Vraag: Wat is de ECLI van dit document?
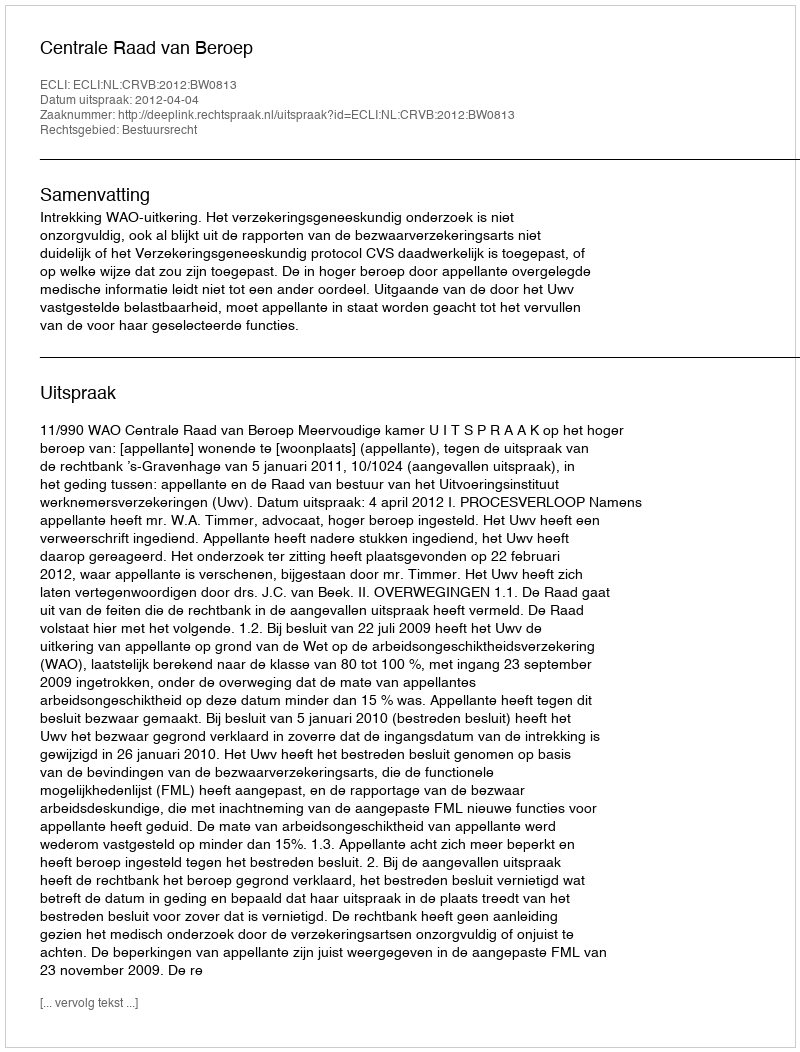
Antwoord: ECLI:NL:CRVB:2012:BW0813